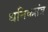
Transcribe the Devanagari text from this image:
धनिकतंत्र